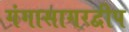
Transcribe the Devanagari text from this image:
गंगासागरद्वीप